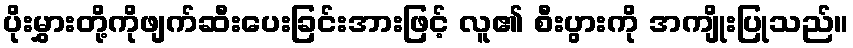
ပိုးမွှားတို့ကိုဖျက်ဆီးပေးခြင်းအားဖြင့် လူ၏ စီးပွားကို အကျိုးပြုသည်။